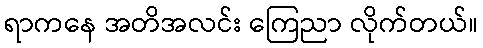
ရာကနေ အတိအလင်း ကြေညာ လိုက်တယ်။